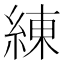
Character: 練